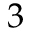
3